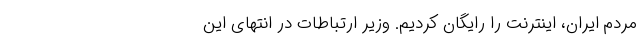
مردم ایران، اینترنت را رایگان کردیم. وزیر ارتباطات در انتهای این